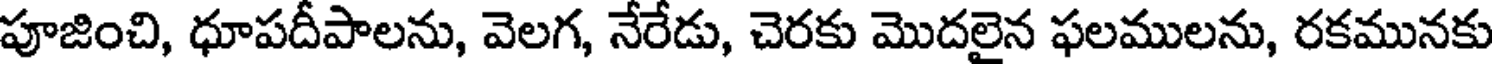
పూజించి, ధూపదీపాలను, వెలగ, నేరేడు, చెరకు మొదలైన ఫలములను, రకమునకు